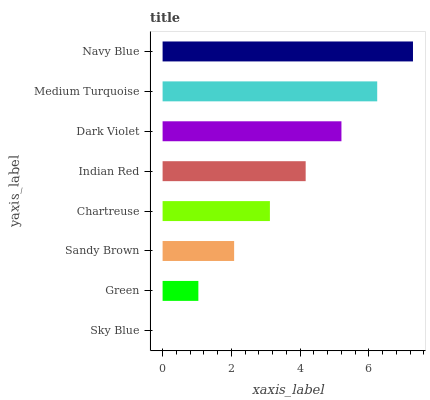
| yaxis_label | bars |
 | --- | --- |
 | Sky Blue | 0 |
 | Green | 1.04 |
 | Sandy Brown | 2.08 |
 | Chartreuse | 3.12 |
 | Indian Red | 4.16 |
 | Dark Violet | 5.2 |
 | Medium Turquoise | 6.25 |
 | Navy Blue | 7.29 |